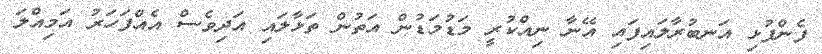
ފެންފުޅި އަނބުރާލައިފައި އޭނާ ނިއްކުރީ މަޑުމަޑުން އަތުން ތަޅާލައި އަދިވެސް އެއްފަހަރު އަމިއްލަ